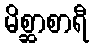
မိစ္ဆာစာရီ